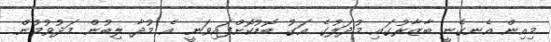
މިއިން އެނގެނީ ބާޒާރުގައި މުދަލުގެ އަގު ބޮޑުކޮށްފައިވަނީ އެ މުދާ ލިބުން މަދުވުމުން